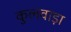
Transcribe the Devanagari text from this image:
कुलवाड़ा